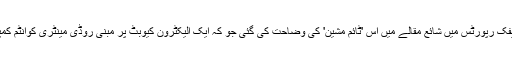
جریدے جرنل سائنٹیفک رپورٹس میں شائع مقالے میں اس 'ٹائم مشین' کی وضاحت کی گئی جو کہ ایک الیکٹرون کیوبٹ پر مبنی روڈی مینٹری کوانٹم کمپیوٹر پر مشتمل ہے۔